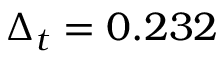
\Delta _ { t } = 0 . 2 3 2